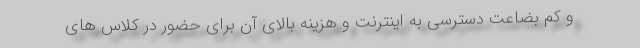
و کم بضاعت دسترسی به اینترنت و هزینه بالای آن برای حضور در کلاس های